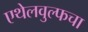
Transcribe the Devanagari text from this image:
एथेलवुल्फचा